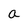
Character: a